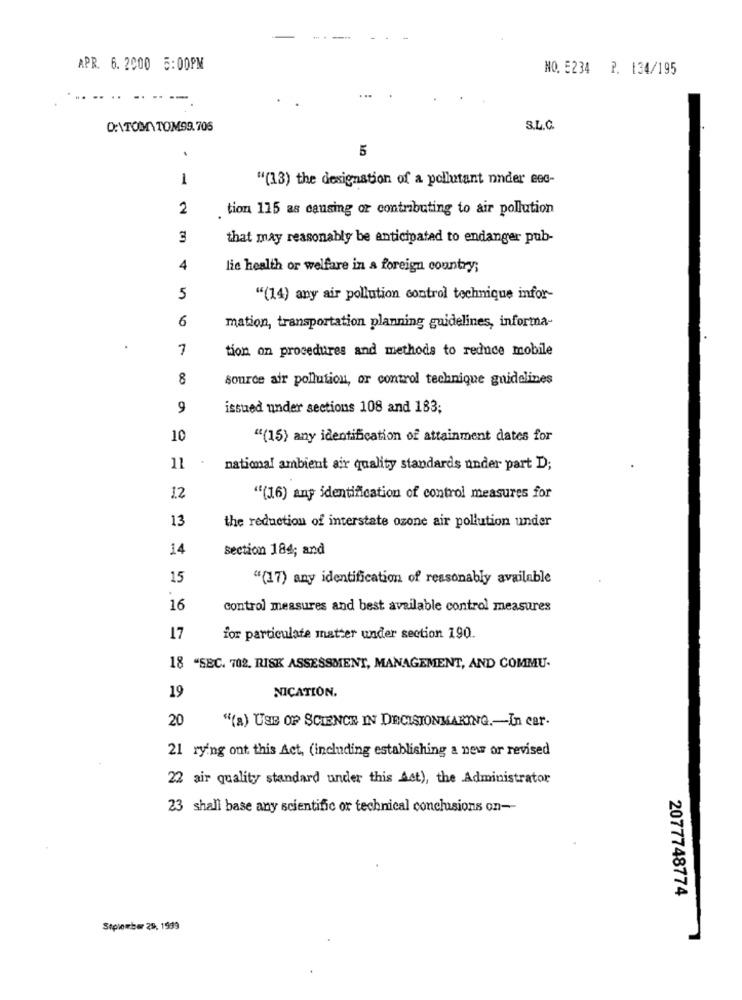
APR. 6. 2000 5:00PM
NO. 5234 P. 134/195
.. .
----
D:\TOMTOMS9.705
S.L.C.
5
1
"(13) the designation of a pollutant nnder eec-
2
tion 115 as causing or contributing to air pollution
3
that may reasonably be anticipated to endanger pub-
4
lie health or welfare in a foreign country;
5
"(14) any air pollution control technique infor-
6
mation, transportation planning guidelines, informa-
7
tion on procedures and methods to reduce mobile
8
source air pollution, or control technique guidelines
9
issued under sections 108 and 183;
10
"(15) any identification of attainment dates for
.
11
national ambient air quality standards under part D;
12
"(16) any identification of control measures for
13
the reduction of interstate ozone air pollution under
14
section 184; and
15
"(17) any identification of reasonably available
16
control measures and best available control measures
17
for particulate matter under section 190.
18 "SEC. 702. RISK ASSESSMENT, MANAGEMENT, AND COMMU-
19
NICATION.
20
"(a) USE OF SCIENCE IN DECISIONMAKING .- In car-
21 rying ont this Act, (including establishing a new or revised
22 air quality standard under this Act), the Administrator
23 shall base any scientific or technical conclusions on --
2077748774
September 29, 1999